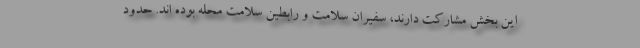
این بخش مشارکت دارند، سفیران سلامت و رابطین سلامت محله بوده اند. حدود